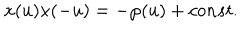
x ( u ) x ( - u ) = - \wp ( u ) + c o n s t .